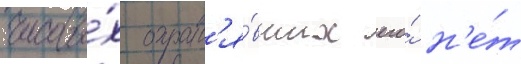
часовы́х охран'я́вших его́ н'е́т